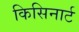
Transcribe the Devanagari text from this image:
किसिनार्ट